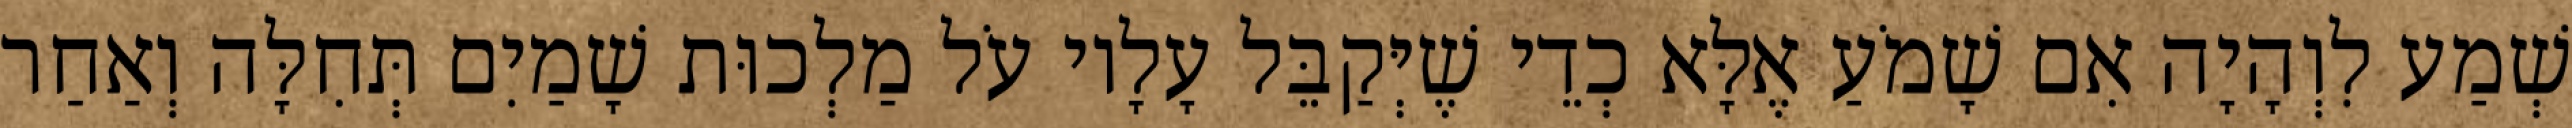
שְׁמַע לִוְהָיָה אִם שָׁמֹעַ אֶלָּא כְדֵי שֶׁיְּקַבֵּל עָלָיו עֹל מַלְכוּת שָׁמַיִם תְּחִלָּה וְאַחַר